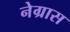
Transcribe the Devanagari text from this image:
नेग्रास